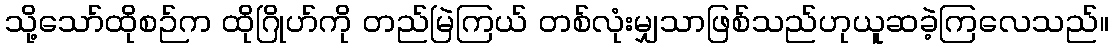
သို့သော်ထိုစဉ်က ထိုဂြိုဟ်ကို တည်မြဲကြယ် တစ်လုံးမျှသာဖြစ်သည်ဟုယူဆခဲ့ကြလေသည်။